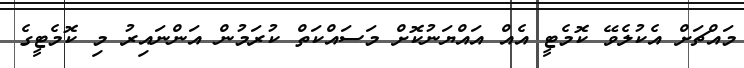
މައްޗަށް އެކުލެވޭ ކޮމެޓީ އެއް އައްޔަނުކޮށް މަސައްކަތް ކުރަމުން އަންނައިރު މި ކޮމެޓީގެ